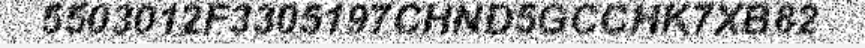
5503012F3305197CHND5GCCHK7XB82